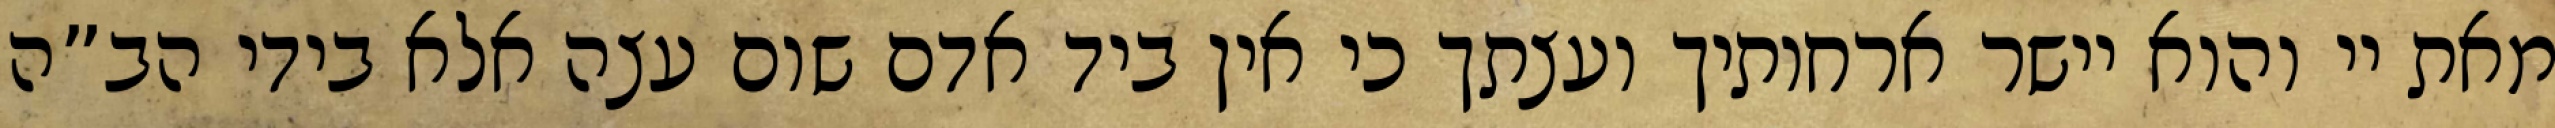
מאת יי והוא יישר ארחותיך ועצתך כי אין ביד אדם שום עצה אלא בידי הב”ה